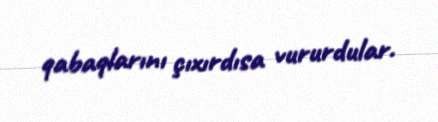
qabaqlarını çıxırdısa vururdular.